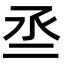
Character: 𠄪